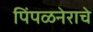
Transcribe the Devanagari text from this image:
पिंपळनेराचे